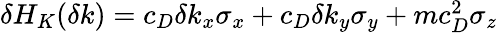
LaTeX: \begin{array}{r}{\delta H_{K}(\delta k)=c_{D}\delta k_{x}\sigma_{x}+c_{D}\delta k_{y}\sigma_{y}+mc_{D}^{2}\sigma_{z}}\end{array}